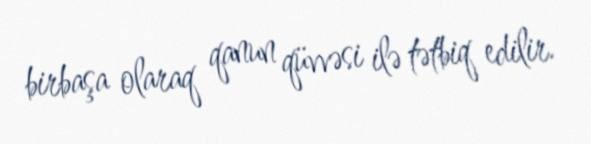
birbaşa olaraq qanun qüvvəsi ilə tətbiq edilir.